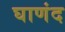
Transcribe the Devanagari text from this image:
घाणंद